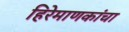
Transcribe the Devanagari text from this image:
हिरेमाणकांचा